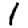
Digit: 1